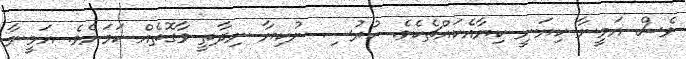
ވެސް އަމީނާ ކިޔަނީ ކިޔާއެކައްޗެކެވެ. ކުރުސި ނުކިޔާ ނިދާތީ ވާގޮތެއް ކަމަށެވެ. އަމީނާ